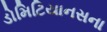
ડોમિટિયાનસના